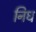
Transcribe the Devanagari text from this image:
निध